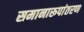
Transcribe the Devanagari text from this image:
समानारूपांतरण